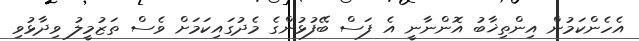
އެހެންކަމުން އިންތިޚާބު އޮންނާނީ އެ ފަސް ބޭފުޅުންގެ މެދުގައިކަމަށް ވެސް ތަޒުމީލު ވިދާޅުވި